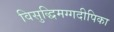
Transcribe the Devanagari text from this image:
विसुद्धिमग्गदीपिका